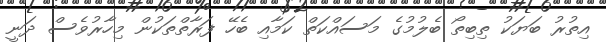
އިތުރު ބަޔަކު ތިބިތޯ ބެލުމުގެ މަސައްކަތް ކަމާއި ބެހޭ ފަރާތްތަކުން މިހާރުވެސް ދަނީ